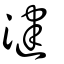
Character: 湕